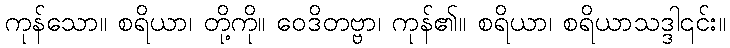
ကုန်သော။ စရိယာ၊ တို့ကို။ ဝေဒိတဗ္ဗာ၊ ကုန်၏။ စရိယာ၊ စရိယာသဒ္ဒါ၎င်း။